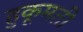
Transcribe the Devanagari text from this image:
हुकूमती